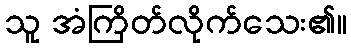
သူ အံကြိတ်လိုက်သေး၏။